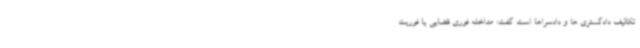
تکالیف دادگستری ها و دادسراها است گفت: مداخله فوری قضایی یا فوریت